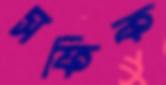
সফিক